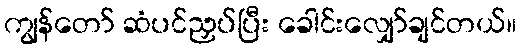
ကျွန်တော် ဆံပင်ညှပ်ပြီး ခေါင်းလျှော်ချင်တယ်။